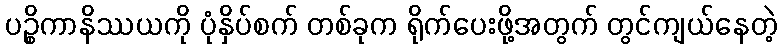
ပဉ္စိကာနိဿယကို ပုံနှိပ်စက် တစ်ခုက ရိုက်ပေးဖို့အတွက် တွင်ကျယ်နေတဲ့